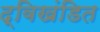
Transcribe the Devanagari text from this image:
द्विखंडित